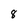
Character: 8